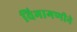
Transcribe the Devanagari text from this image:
विभागणीने